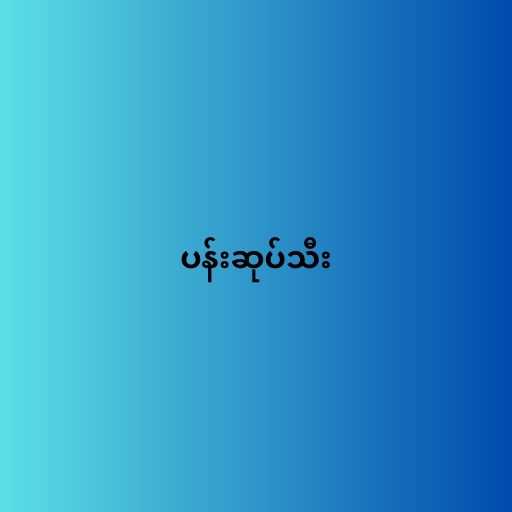
ပန်းဆုပ်သီး